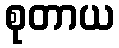
စုတာယ